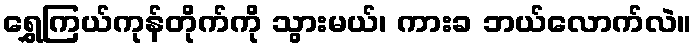
ရွှေကြယ်ကုန်တိုက်ကို သွားမယ်၊ ကားခ ဘယ်လောက်လဲ။